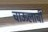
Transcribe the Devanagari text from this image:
चाऊलाची